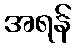
အရန်